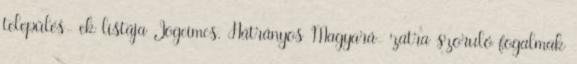
település- ek listája Jogcímcs. Hátrányos Magyará- zatra szoruló fogalmak